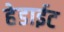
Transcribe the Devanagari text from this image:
हेडाईट